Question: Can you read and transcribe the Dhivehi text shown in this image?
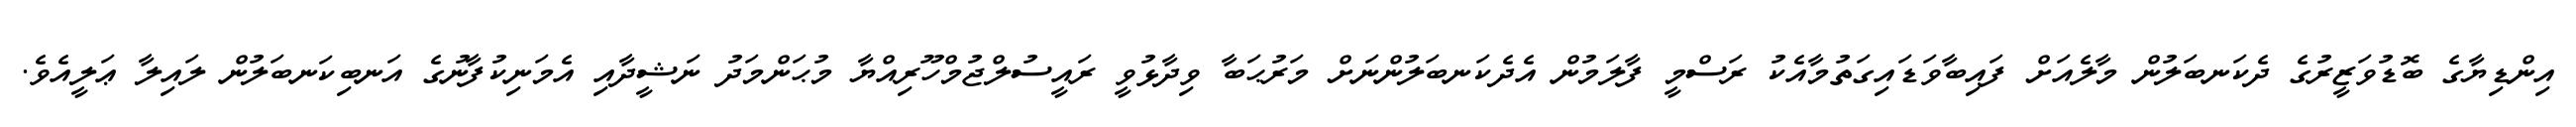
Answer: އިންޑިޔާގެ ބޮޑުވަޒީރުގެ ދެކަނބަލުން މާލެއަށް ފައިބާވަޑައިގަތުމާއެކު ރަސްމީ ފާލަމުން އެދެކަނބަލުންނަށް މަރުޙަބާ ވިދާޅުވީ ރައީސުލްޖުމްހޫރިއްޔާ މުޙަންމަދު ނަޝީދާއި އެމަނިކުފާނުގެ އަނބިކަނބަލުން ލައިލާ ޢަލީއެވެ.